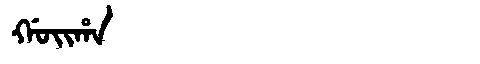
Manchu: ᡤᠣᡳᡥᠠ
Romanization: GOIHA